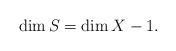
LaTeX: \begin{align*}\dim S=\dim X-1.\end{align*}